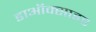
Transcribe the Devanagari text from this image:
डाऑक्साइड